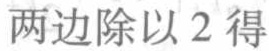
两边除以 2 得